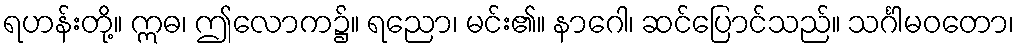
ရဟန်းတို့။ ဣဓ၊ ဤလောက၌။ ရညော၊ မင်း၏။ နာဂေါ၊ ဆင်ပြောင်သည်။ သင်္ဂါမဝတော၊